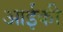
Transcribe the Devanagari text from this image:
आईकी